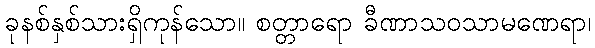
ခုနစ်နှစ်သားရှိကုန်သော။ စတ္တာရော ခီဏာသဝသာမဏေရာ၊